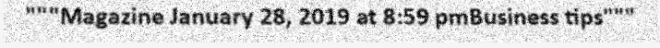
"""Magazine January 28, 2019 at 8:59 pmBusiness tips"""